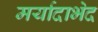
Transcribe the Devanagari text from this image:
मर्यादाभेद